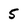
Character: 5